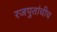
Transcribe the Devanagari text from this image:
रजपुतांचीच